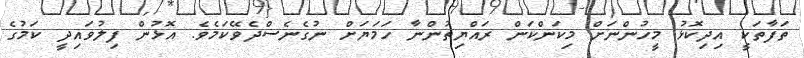
ތަފާތަކީ އިދިކޮޅު މީހުންނަށް މިކަންކަން ރައްޔިތުންނާ ހަމަޔަށް ނުގެނެސްދެވޭކަމެވެ. އޮޅުން ފިލުވައިދީ ކަމުގެ